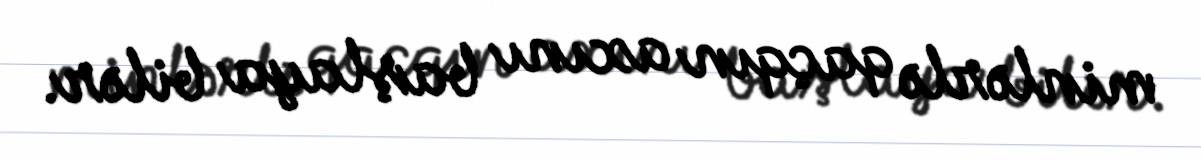
minlərlə qaçqın axını başlaya bilər.